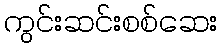
ကွင်းဆင်းစစ်ဆေး